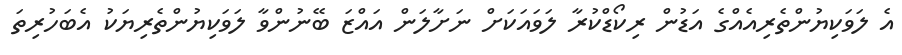
އެ ލަވަކިޔުންތެރިއެއްގެ އަޑުން ރިކޯޑްކުރާ ލަވައަކަށް ނަށާލަން އައްޒަ ބޭނުންވާ ލަވަކިޔުންތެރިޔަކު އެބަހުރިތަ